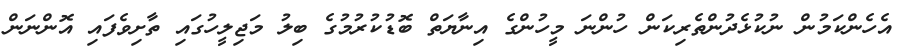
އެހެންކަމުން ނުކުޅެދުންތެރިކަން ހުންނަ މީހުންގެ އިނާޔަތް ބޮޑުކުރުމުގެ ބިލު މަޖިލީހުގައި ތާށިވެފައި އޮންނަން